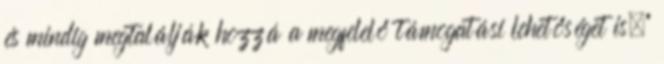
és mindig megtalálják hozzá a megfelelő támogatási lehetőséget is.”